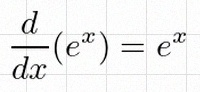
\frac{d}{dx}(e^x)=e^x